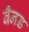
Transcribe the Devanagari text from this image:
बैनड